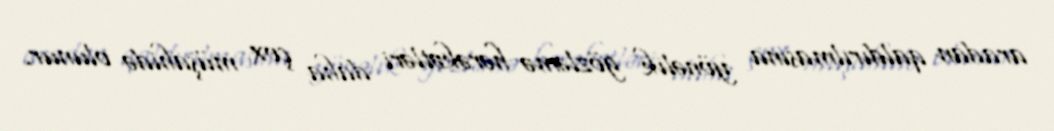
aradan qaldırılmasına yönəlik gözləmə hərəkətləri daha çox müşahidə olunur.